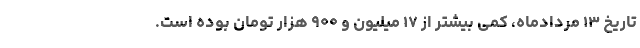
تاریخ ۱۳ مردادماه، کمی بیشتر از ۱۷ میلیون و ۹۰۰ هزار تومان بوده است.